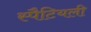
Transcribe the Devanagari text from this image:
स्पैटियली